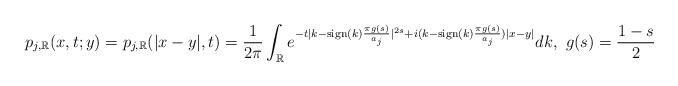
LaTeX: \begin{align*} p_{j,\mathbb{R}}(x,t;y)=p_{j,\mathbb{R}}(|x-y|,t) =\frac{1}{2\pi}\int_{\mathbb{R}} e^{-t|k-\textrm{sign}(k)\frac{\pi g(s)}{a_j}|^{2s}+i(k-\textrm{sign}(k)\frac{\pi g(s)}{a_j})|x-y|} dk, \,\, g(s)=\frac{1-s}{2}\end{align*}